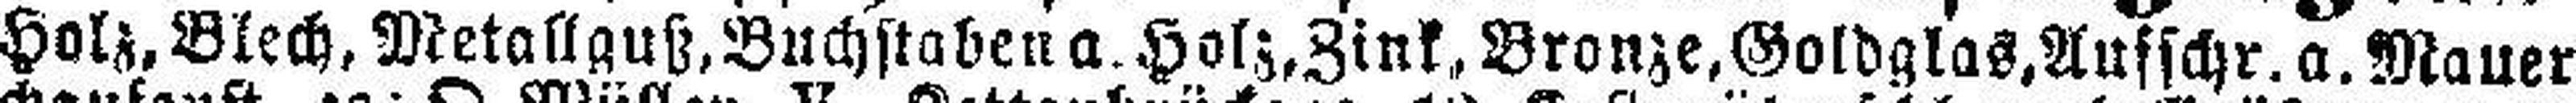
Holz, Blech, Metallguß, Buchstaben a. Holz, Zink, Bronze, Goldglas, Aufschr. a. Mauern